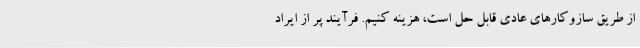
از طریق سازوکارهای عادی قابل حل است، هزینه کنیم. فرآیند پر از ایراد